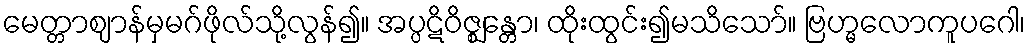
မေတ္တာဈာန်မှမဂ်ဖိုလ်သို့လွန်၍။ အပ္ပဋိဝိဇ္ဈန္တော၊ ထိုးထွင်း၍မသိသော်။ ဗြဟ္မလောကူပဂေါ၊